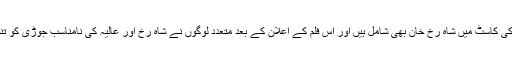
یہ وہی فلم ہے جس کی کاسٹ میں شاہ رخ خان بھی شامل ہیں اور اس فلم کے اعلان کے بعد متعدد لوگوں نے شاہ رخ اور عالیہ کی نامناسب جوڑی کو تنقید کا نشانہ بنایا تھا۔